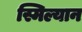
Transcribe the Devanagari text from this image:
स्मिल्यान